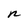
Character: n